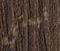
قبعتي